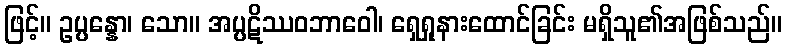
ဖြင့်။ ဥပ္ပန္နော၊ သော။ အပ္ပဋိဿဝဘာဝေါ၊ ရှေရှုနားထောင်ခြင်း မရှိသူ၏အဖြစ်သည်။